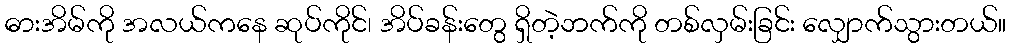
ဓားအိမ်ကို အလယ်ကနေ ဆုပ်ကိုင်၊ အိပ်ခန်းတွေ ရှိတဲ့ဘက်ကို တစ်လှမ်းခြင်း လျှောက်သွားတယ်။